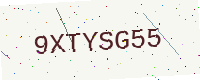
Text: 9XTYSG55